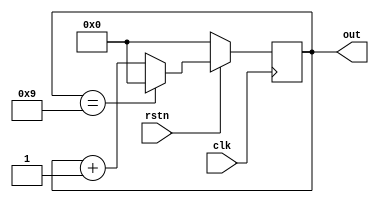
`timescale 1ns / 1ps
//////////////////////////////////////////////////////////////////////////////////
// Company: 
// Engineer: 
// 
// Design Name: 
// Module Name:    modN_counter 
// Project Name: 
// Target Devices: 
// Tool versions: 
// Description: 
//
// Dependencies: 
//
// Revision: 
// Revision 0.01 - File Created
// Additional Comments: 
//
//////////////////////////////////////////////////////////////////////////////////
module mod10_counter
//	#(parameter N=10,
//	  parameter width=4)
	 (
	 input clk,rstn,
	 output reg [3:0] out
	 );
	
	
	always @ (posedge clk)
		begin 
			if (!rstn) out = 4'b0000;
			else
				begin 
					if (out == 4'b1001)
						out = 4'b0000;
					else
						out = out+4'b0001;
				end
		end
			
endmodule